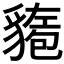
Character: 𫎍